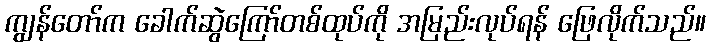
ကျွန်တော်က ခေါက်ဆွဲကြော်တစ်ထုပ်ကို အမြည်းလုပ်ရန် ဖြေလိုက်သည်။